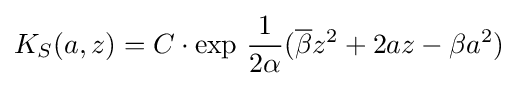
K_{S}(a,z)=C\cdot \exp \,{1 \over 2\alpha }({\overline {\beta }}z^{2}+2az-\beta a^{2})